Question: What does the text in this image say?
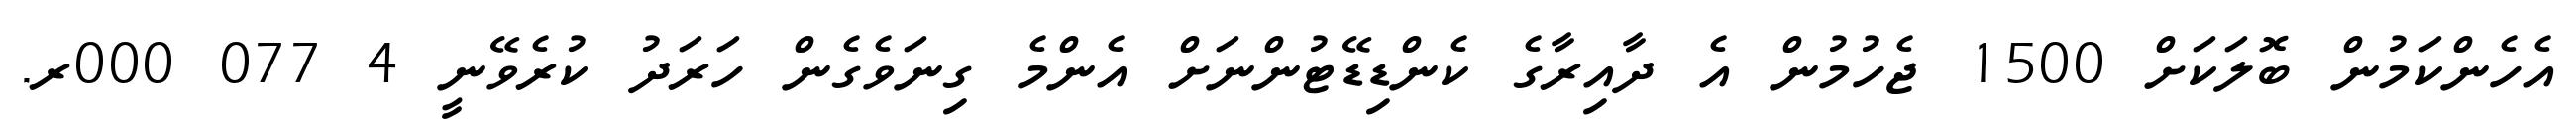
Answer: އެހެންކަމުން ބޮލަކަށް 1500 ޖެހުމުން އެ ދާއިރާގެ ކެންޑިޑޭޓުންނަށް އެންމެ ގިނަވެގެން ހަރަދު ކުރެވޭނީ 4 077 000ރ.